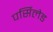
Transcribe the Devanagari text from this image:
पर्सिलेड